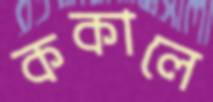
ককালে